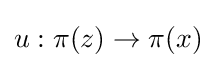
u:\pi (z)\to \pi (x)